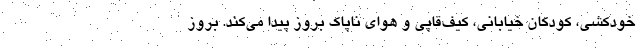
خودکشی، کودکان خیابانی، کیف‌قاپی و هوای ناپاک بروز پیدا می‌کند. بروز